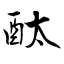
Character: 酞